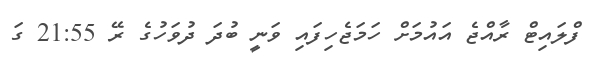
ފްލައިޓް ރާއްޖެ އައުމަށް ހަމަޖެހިފައި ވަނީ ބުދަ ދުވަހުގެ ރޭ 21:55 ގަ